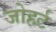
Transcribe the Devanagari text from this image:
जोहर्ट